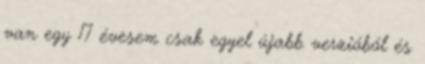
van egy 17 évesem csak egyel újabb verzióból és